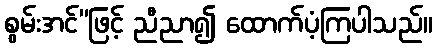
စွမ်းအင်”ဖြင့် ညီညာ၍ ထောက်ပံ့ကြပါသည်။